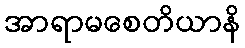
အာရာမစေတိယာနိ